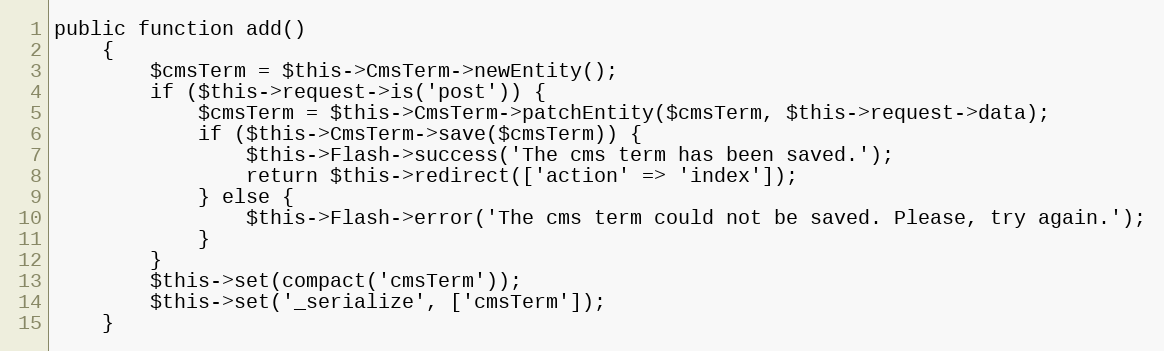
Language: PHP
public function add()
    {
        $cmsTerm = $this->CmsTerm->newEntity();
        if ($this->request->is('post')) {
            $cmsTerm = $this->CmsTerm->patchEntity($cmsTerm, $this->request->data);
            if ($this->CmsTerm->save($cmsTerm)) {
                $this->Flash->success('The cms term has been saved.');
                return $this->redirect(['action' => 'index']);
            } else {
                $this->Flash->error('The cms term could not be saved. Please, try again.');
            }
        }
        $this->set(compact('cmsTerm'));
        $this->set('_serialize', ['cmsTerm']);
    }